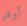
أوفر